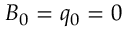
B _ { 0 } = q _ { 0 } = 0